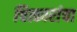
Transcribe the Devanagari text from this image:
चित्कारांचा